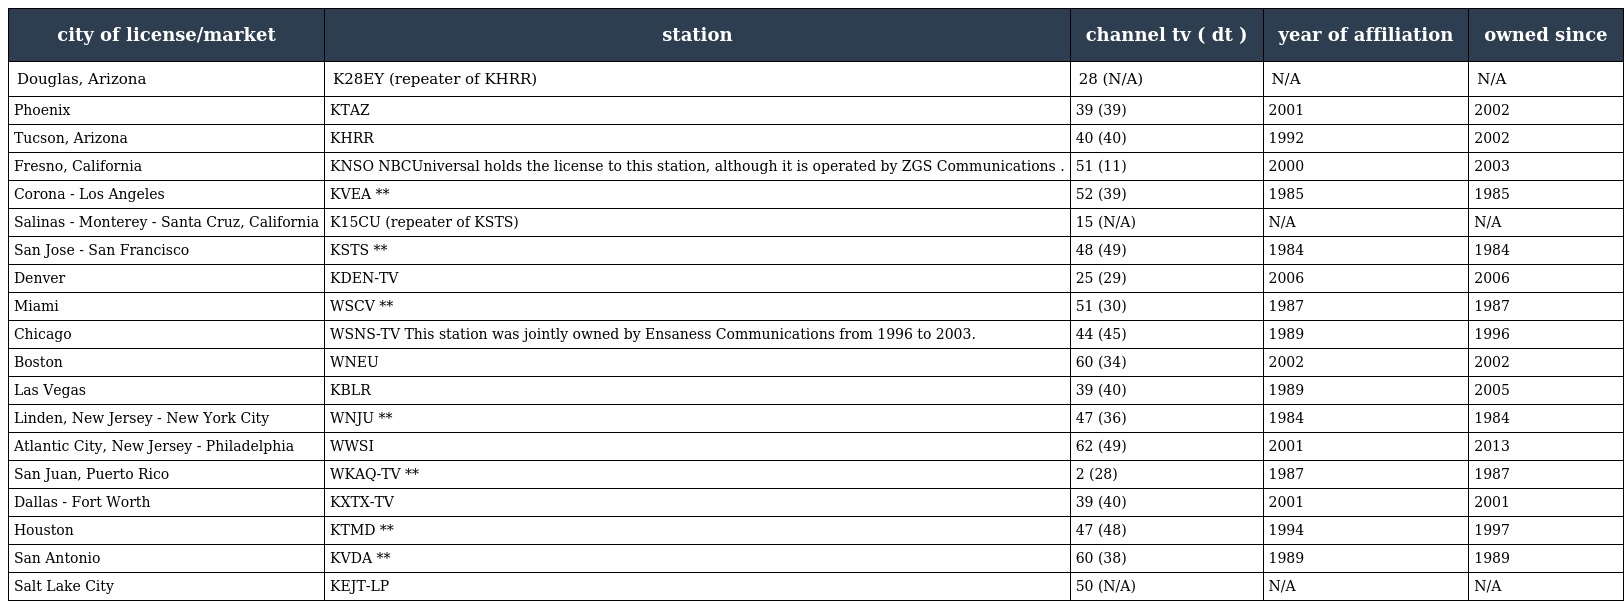
| city of license/market | station | channel tv ( dt ) | year of affiliation | owned since |
 | --- | --- | --- | --- | --- |
 | Douglas, Arizona | K28EY (repeater of KHRR) | 28 (N/A) | N/A | N/A |
 | Phoenix | KTAZ | 39 (39) | 2001 | 2002 |
 | Tucson, Arizona | KHRR | 40 (40) | 1992 | 2002 |
 | Fresno, California | KNSO NBCUniversal holds the license to this station, although it is operated by ZGS Communications . | 51 (11) | 2000 | 2003 |
 | Corona - Los Angeles | KVEA ** | 52 (39) | 1985 | 1985 |
 | Salinas - Monterey - Santa Cruz, California | K15CU (repeater of KSTS) | 15 (N/A) | N/A | N/A |
 | San Jose - San Francisco | KSTS ** | 48 (49) | 1984 | 1984 |
 | Denver | KDEN-TV | 25 (29) | 2006 | 2006 |
 | Miami | WSCV ** | 51 (30) | 1987 | 1987 |
 | Chicago | WSNS-TV This station was jointly owned by Ensaness Communications from 1996 to 2003. | 44 (45) | 1989 | 1996 |
 | Boston | WNEU | 60 (34) | 2002 | 2002 |
 | Las Vegas | KBLR | 39 (40) | 1989 | 2005 |
 | Linden, New Jersey - New York City | WNJU ** | 47 (36) | 1984 | 1984 |
 | Atlantic City, New Jersey - Philadelphia | WWSI | 62 (49) | 2001 | 2013 |
 | San Juan, Puerto Rico | WKAQ-TV ** | 2 (28) | 1987 | 1987 |
 | Dallas - Fort Worth | KXTX-TV | 39 (40) | 2001 | 2001 |
 | Houston | KTMD ** | 47 (48) | 1994 | 1997 |
 | San Antonio | KVDA ** | 60 (38) | 1989 | 1989 |
 | Salt Lake City | KEJT-LP | 50 (N/A) | N/A | N/A |